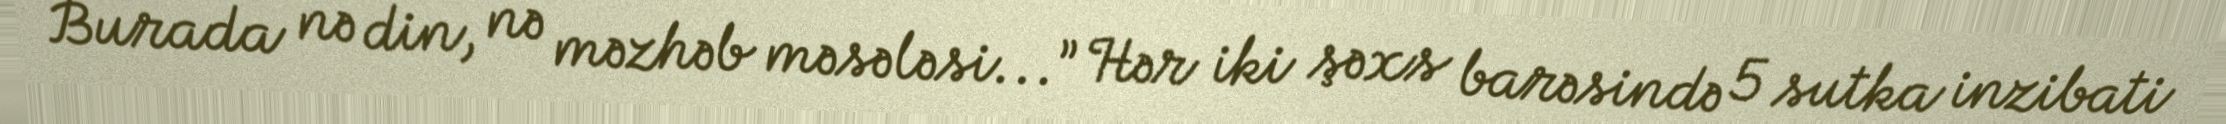
Burada nə din, nə məzhəb məsələsi...” Hər iki şəxs barəsində 5 sutka inzibati